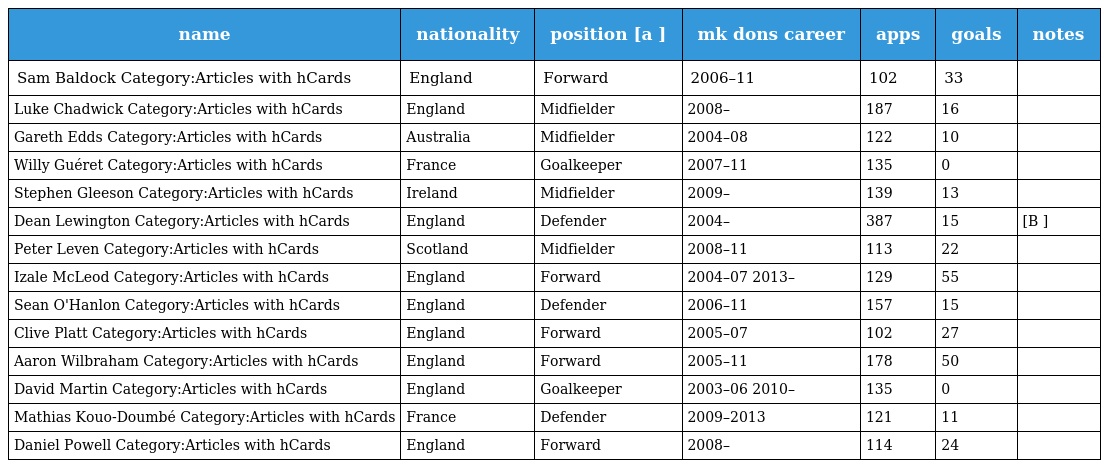
| name | nationality | position [a ] | mk dons career | apps | goals | notes |
 | --- | --- | --- | --- | --- | --- | --- |
 | Sam Baldock Category:Articles with hCards | England | Forward | 2006–11 | 102 | 33 |  |
 | Luke Chadwick Category:Articles with hCards | England | Midfielder | 2008– | 187 | 16 |  |
 | Gareth Edds Category:Articles with hCards | Australia | Midfielder | 2004–08 | 122 | 10 |  |
 | Willy Guéret Category:Articles with hCards | France | Goalkeeper | 2007–11 | 135 | 0 |  |
 | Stephen Gleeson Category:Articles with hCards | Ireland | Midfielder | 2009– | 139 | 13 |  |
 | Dean Lewington Category:Articles with hCards | England | Defender | 2004– | 387 | 15 | [B ] |
 | Peter Leven Category:Articles with hCards | Scotland | Midfielder | 2008–11 | 113 | 22 |  |
 | Izale McLeod Category:Articles with hCards | England | Forward | 2004–07 2013– | 129 | 55 |  |
 | Sean O'Hanlon Category:Articles with hCards | England | Defender | 2006–11 | 157 | 15 |  |
 | Clive Platt Category:Articles with hCards | England | Forward | 2005–07 | 102 | 27 |  |
 | Aaron Wilbraham Category:Articles with hCards | England | Forward | 2005–11 | 178 | 50 |  |
 | David Martin Category:Articles with hCards | England | Goalkeeper | 2003–06 2010– | 135 | 0 |  |
 | Mathias Kouo-Doumbé Category:Articles with hCards | France | Defender | 2009–2013 | 121 | 11 |  |
 | Daniel Powell Category:Articles with hCards | England | Forward | 2008– | 114 | 24 |  |